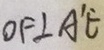
O F \bot A ^ { \prime } E